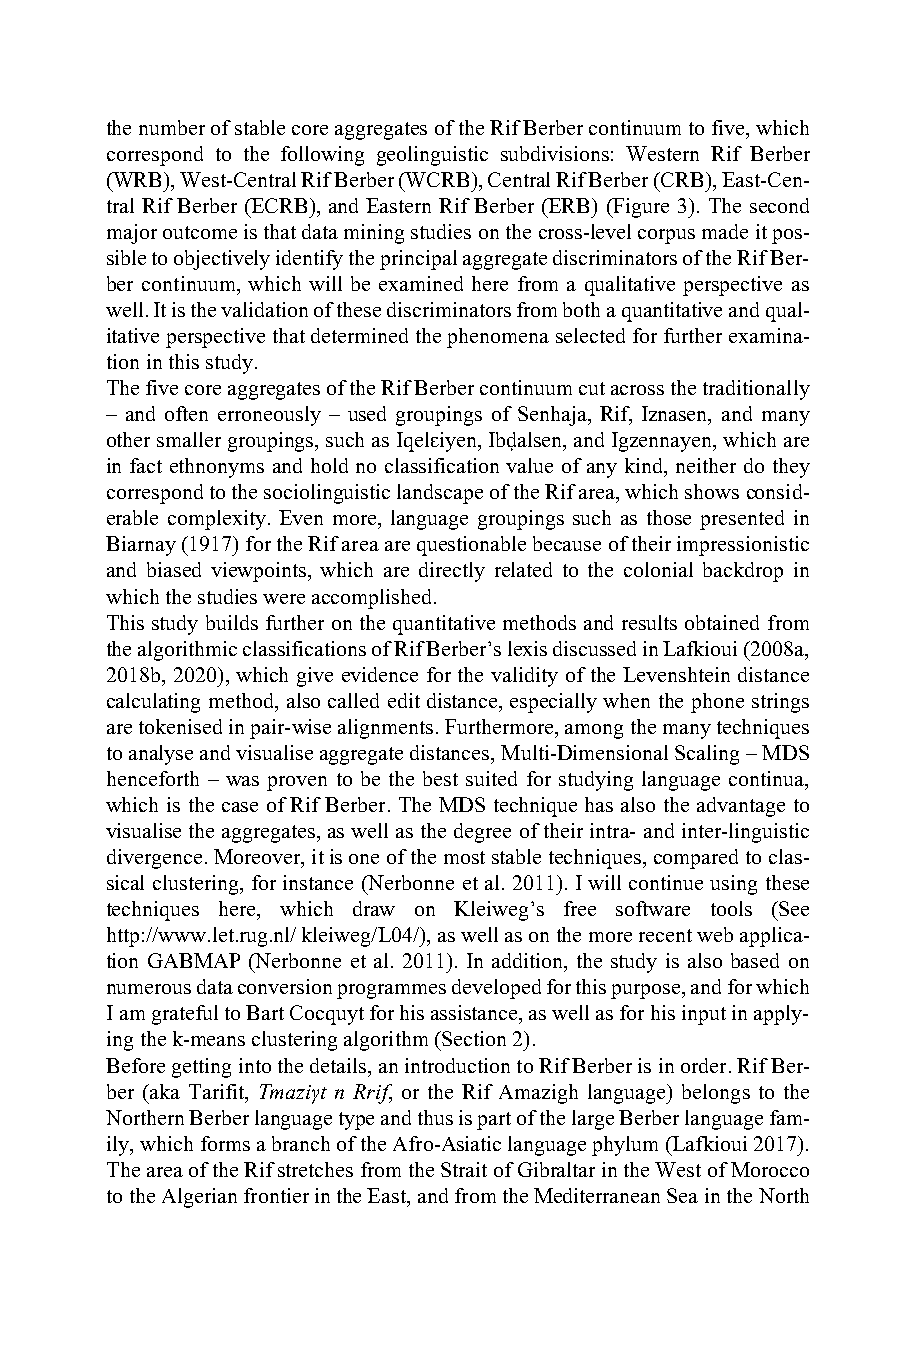
the number of stable core aggregates of the Rif Berber continuum to five, which
 correspond to the following geolinguistic subdivisions: Western Rif Berber
 (WRB), West-Central Rif Berber (WCRB), Central Rif Berber (CRB), East-Cen-
 tral Rif Berber (ECRB), and Eastern Rif Berber (ERB) (Figure 3). The second
 major outcome is that data mining studies on the cross-level corpus made it pos-
 sible to objectively identify the principal aggregate discriminators of the Rif Ber-
 ber continuum, which will be examined here from a qualitative perspective as
 well. It is the validation of these discriminators from both a quantitative and qual-
 itative perspective that determined the phenomena selected for further examina-
 tion in this study.
 The five core aggregates of the Rif Berber continuum cut across the traditionally
 – and often erroneously – used groupings of Senhaja, Rif, Iznasen, and many
 other smaller groupings, such as Iqelɛiyen, Ibḍalsen, and Igzennayen, which are
 in fact ethnonyms and hold no classification value of any kind, neither do they
 correspond to the sociolinguistic landscape of the Rif area, which shows consid-
 erable complexity. Even more, language groupings such as those presented in
 Biarnay (1917) for the Rif area are questionable because of their impressionistic
 and biased viewpoints, which are directly related to the colonial backdrop in
 which the studies were accomplished.
 This study builds further on the quantitative methods and results obtained from
 the algorithmic classifications of Rif Berber’s lexis discussed in Lafkioui (2008a,
 2018b, 2020), which give evidence for the validity of the Levenshtein distance
 calculating method, also called edit distance, especially when the phone strings
 are tokenised in pair-wise alignments. Furthermore, among the many techniques
 to analyse and visualise aggregate distances, Multi-Dimensional Scaling – MDS
 henceforth – was proven to be the best suited for studying language continua,
 which is the case of Rif Berber. The MDS technique has also the advantage to
 visualise the aggregates, as well as the degree of their intra- and inter-linguistic
 divergence. Moreover, it is one of the most stable techniques, compared to clas-
 sical clustering, for instance (Nerbonne et al. 2011). I will continue using these
 techniques here, which draw on Kleiweg’s free software tools (See
 http://www.let.rug.nl/ kleiweg/L04/), as well as on the more recent web applica-
 tion GABMAP (Nerbonne et al. 2011). In addition, the study is also based on
 numerous data conversion programmes developed for this purpose, and for which
 I am grateful to Bart Cocquyt for his assistance, as well as for his input in apply-
 ing the k-means clustering algorithm (Section 2).
 Before getting into the details, an introduction to Rif Berber is in order. Rif Ber-
 ber (aka Tarifit, Tmaziγt n Rrif, or the Rif Amazigh language) belongs to the
 Northern Berber language type and thus is part of the large Berber language fam-
 ily, which forms a branch of the Afro-Asiatic language phylum (Lafkioui 2017).
 The area of the Rif stretches from the Strait of Gibraltar in the West of Morocco
 to the Algerian frontier in the East, and from the Mediterranean Sea in the North